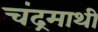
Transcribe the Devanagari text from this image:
चंद्रमाथी